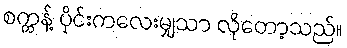
စက္ကန့် ပိုင်းကလေးမျှသာ လိုတော့သည်။